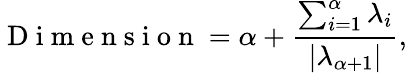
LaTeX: \mathrm{~D~i~m~e~n~s~i~o~n~}=\alpha+\frac{\sum_{i=1}^{\alpha}\lambda_{i}}{|\lambda_{\alpha+1}|},